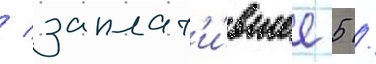
/ заплат'и́вшее 5 /